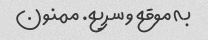
به موقع و سریع. ممنون